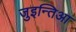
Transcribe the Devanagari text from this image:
जुइन्तिआ